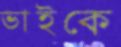
ভাইকে